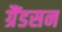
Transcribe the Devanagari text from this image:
ग्रैंडसन